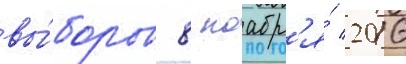
вы́боров 8 ноабр'я́ 2016